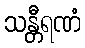
သန္တီရဏံ